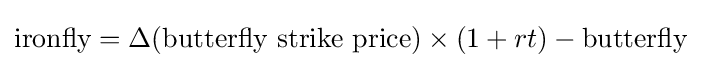
{\mbox{ironfly}}=\Delta ({\mbox{butterfly strike price}})\times (1+rt)-{\mbox{butterfly}}